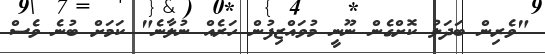
"ވެރިން ބަދަލު ކޮށްގެން ނޫނީ މުވައްޒިފުން ހަރެއް ނުލާނެ" ކަމަށް ބުނެ ވެސް